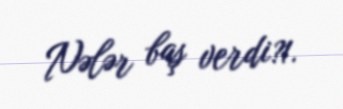
Nələr baş verdi?1.